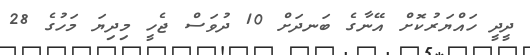
ދީދީ ހައްޔަރުކޮށް އޭނާގެ ބަނދަށް 10 ދުވަސް ޖެހީ މިދިޔަ މަހުގެ 28